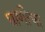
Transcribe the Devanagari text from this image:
घाणीचा